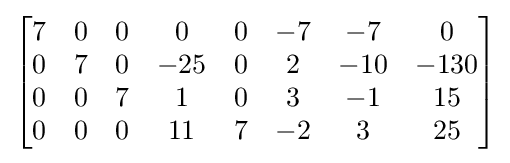
{\begin{bmatrix}7&0&0&0&0&-7&-7&0\\0&7&0&-25&0&2&-10&-130\\0&0&7&1&0&3&-1&15\\0&0&0&11&7&-2&3&25\end{bmatrix}}